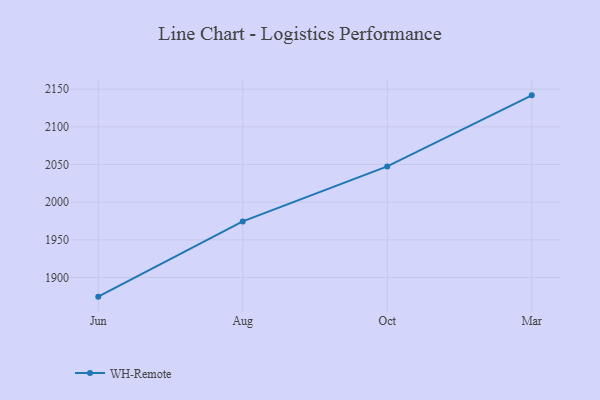
{"axis": {"x": "Month", "y": "Waste Production (Tons)"}, "legend": ["WH-Remote"], "data": [{"x": "Jun", "y": 1874.6, "type": "WH-Remote"}, {"x": "Aug", "y": 1974.5, "type": "WH-Remote"}, {"x": "Oct", "y": 2047.5, "type": "WH-Remote"}, {"x": "Mar", "y": 2141.8, "type": "WH-Remote"}]}